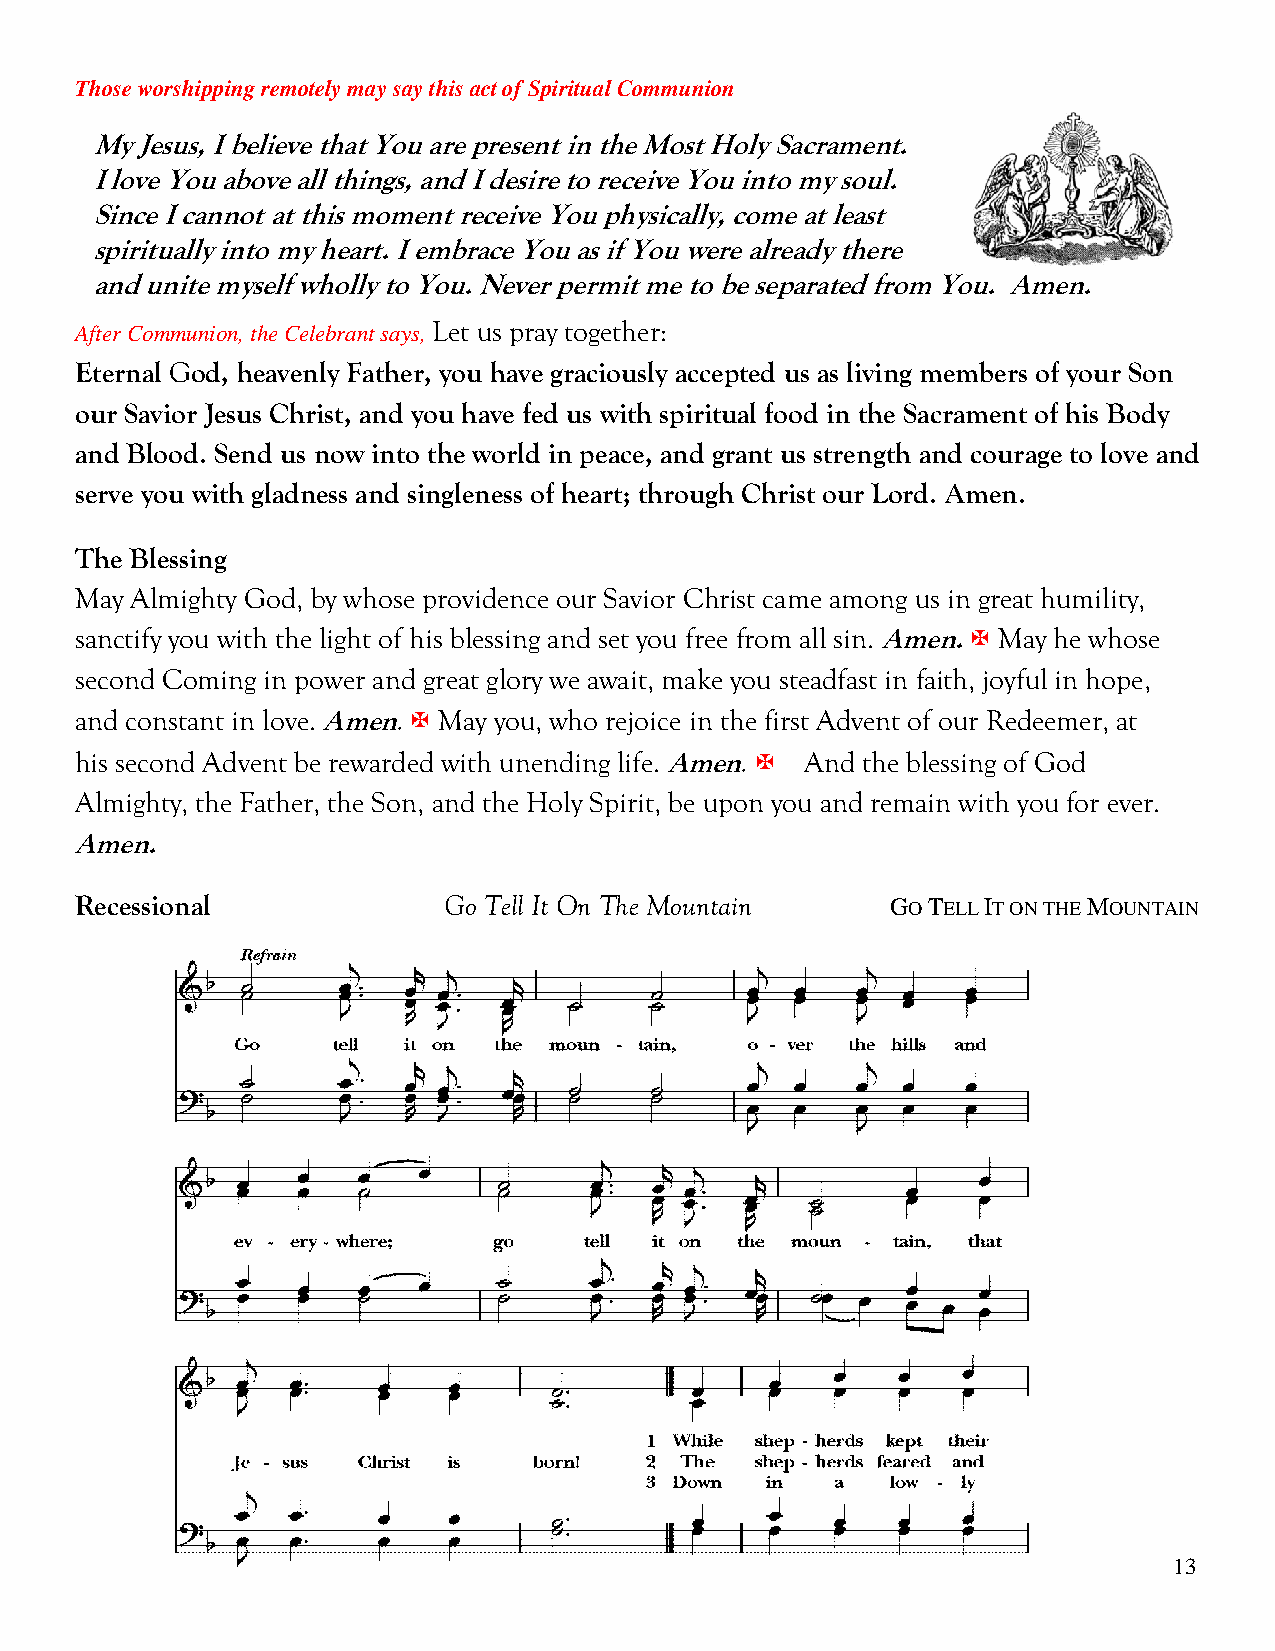
Those worshipping remotely may say this act of Spiritual Communion
 My Jesus, I believe that You are present in the Most Holy Sacrament.
 I love You above all things, and I desire to receive You into my soul.
 Since I cannot at this moment receive You physically, come at least
 spiritually into my heart. I embrace You as if You were already there
 and unite myself wholly to You. Never permit me to be separated from You. Amen.
 After Communion, the Celebrant says, Let us pray together:
 Eternal God, heavenly Father, you have graciously accepted us as living members of your Son
 our Savior Jesus Christ, and you have fed us with spiritual food in the Sacrament of his Body
 and Blood. Send us now into the world in peace, and grant us strength and courage to love and
 serve you with gladness and singleness of heart; through Christ our Lord. Amen.
 The Blessing
 May Almighty God, by whose providence our Savior Christ came among us in great humility,
 sanctify you with the light of his blessing and set you free from all sin. Amen.  May he whose
 second Coming in power and great glory we await, make you steadfast in faith, joyful in hope,
 and constant in love. Amen.  May you, who rejoice in the first Advent of our Redeemer, at
 his second Advent be rewarded with unending life. Amen. And the blessing of God
 Almighty, the Father, the Son, and the Holy Spirit, be upon you and remain with you for ever.
 Amen.
 Recessional             Go Tell It On The Mountain    GO TELL IT ON THE MOUNTAIN
 13